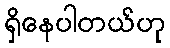
ရှိနေပါတယ်ဟု